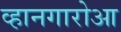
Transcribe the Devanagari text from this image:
व्हानगारोआ